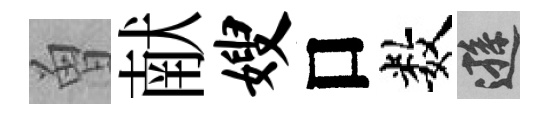
曽献嫂口数遜